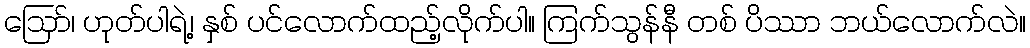
ဪ၊ ဟုတ်ပါရဲ့၊ နှစ် ပင်လောက်ထည့်လိုက်ပါ။ ကြက်သွန်နီ တစ် ပိဿာ ဘယ်လောက်လဲ။